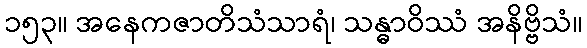
၁၅၃။ အနေကဇာတိသံသာရံ၊ သန္ဓာဝိဿံ အနိဗ္ဗိသံ။